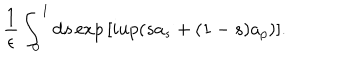
\frac { 1 } { \epsilon } \int _ { 0 } ^ { 1 } \mathrm { d } s \exp { [ i u p ( s a _ { s } + ( 1 - s ) a _ { p } ) ] } .